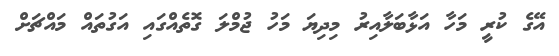
އޭގެ ކުރީ މަހާ އަޅާބަލާއިރު މިދިޔަ މަހު ޖުމްލަ ގޮތެއްގައި އަގުތައް މައްޗަށް